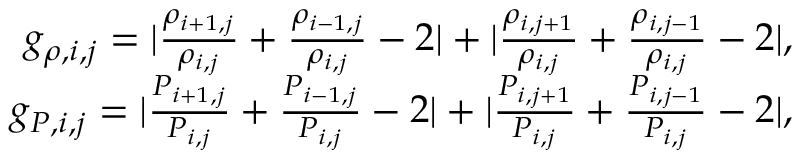
\begin{array} { r } { g _ { \rho , i , j } = | \frac { \rho _ { i + 1 , j } } { \rho _ { i , j } } + \frac { \rho _ { i - 1 , j } } { \rho _ { i , j } } - 2 | + | \frac { \rho _ { i , j + 1 } } { \rho _ { i , j } } + \frac { \rho _ { i , j - 1 } } { \rho _ { i , j } } - 2 | , } \\ { g _ { P , i , j } = | \frac { P _ { i + 1 , j } } { P _ { i , j } } + \frac { P _ { i - 1 , j } } { P _ { i , j } } - 2 | + | \frac { P _ { i , j + 1 } } { P _ { i , j } } + \frac { P _ { i , j - 1 } } { P _ { i , j } } - 2 | , } \end{array}